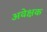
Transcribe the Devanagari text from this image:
अवेक्षक